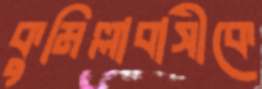
কুমিল্লাবাসীকে